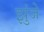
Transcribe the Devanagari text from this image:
झुंजे